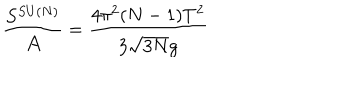
\frac { S ^ { S U ( N ) } } { { \cal A } } = \frac { 4 \pi ^ { 2 } ( N - 1 ) T ^ { 2 } } { 3 \sqrt { 3 N } g }